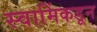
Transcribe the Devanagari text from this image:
स्वामिंकडून